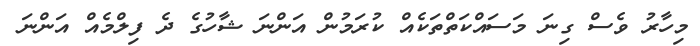
މިހާރު ވެސް ގިނަ މަސައްކަތްތަކެއް ކުރަމުން އަންނަ ޝާހުގެ ދެ ފިލްމެއް އަންނަ